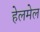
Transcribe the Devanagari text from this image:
हेलमेल